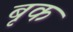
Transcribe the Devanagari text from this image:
बृक